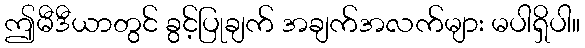
ဤမီဒီယာတွင် ခွင့်ပြုချက် အချက်အလက်များ မပါရှိပါ။